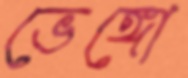
ভেঙ্গো